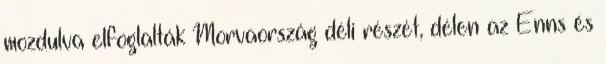
mozdulva elfoglalták Morvaország déli részét, délen az Enns és